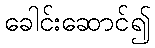
ခေါင်းဆောင်၍